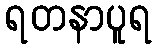
ရတနာပူရ